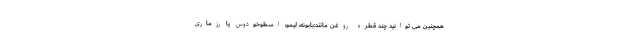
همچنین می توانید چند قطره روغن مانند:بابونه، لیمو، اسطوخودوس یا رزماری